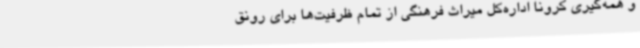
و همه‌گیری کرونا اداره‌کل میراث فرهنگی از تمام ظرفیت‌ها برای رونق